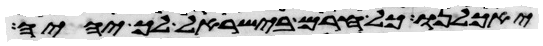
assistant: יאכלנו כל חרם בישראל לך יהיה